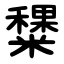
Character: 䊬